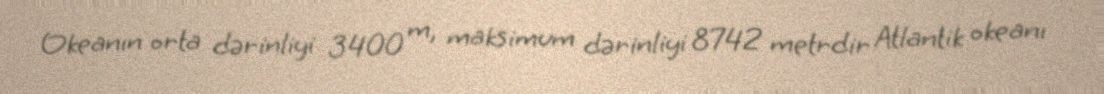
Okeanın orta dərinliyi 3400 m, maksimum dərinliyi 8742 metrdir Atlantik okeanı